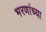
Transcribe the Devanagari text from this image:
भरणांच्या